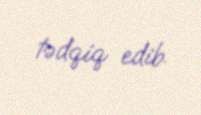
tədqiq edib.